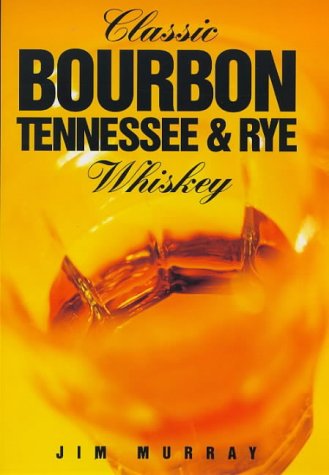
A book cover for Classic Bourbon, Tennessee & Rye Whiskey (Classic drinks series); Jim Murray; Crafts, Hobbies & Home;